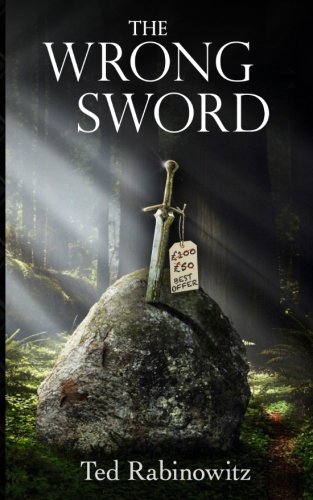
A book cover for The Wrong Sword; Ted Rabinowitz; Science Fiction & Fantasy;